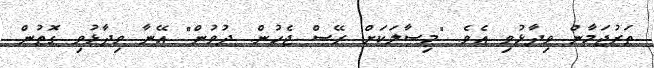
ތަރުޖަމާން ވިދާޅުވި އެވެ. "މިސާލަކަށް ރޭސް ޖެހުން. ދުވުން" އޭނާ ވިދާޅުވި ގޮތުން